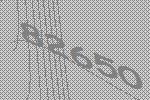
82650